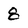
Character: 8